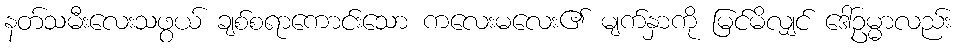
နတ်သမီးလေးသဖွယ် ချစ်စရာကောင်းသော ကလေးမလေး၏ မျက်နှာကို မြင်မိလျှင် ဒေါ်ဥမ္မာလည်း